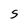
Character: S